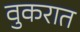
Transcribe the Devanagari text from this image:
वुकरात